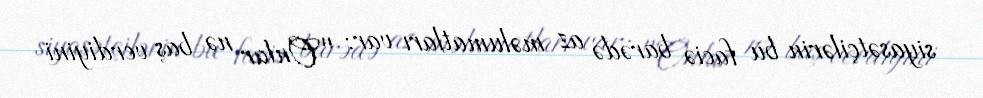
siyasətçilərin bu faciə barədə az məlumatları var: "Onlar nə baş verdiyini